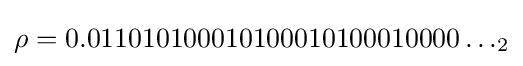
\rho =0.011010100010100010100010000\ldots _{2}